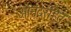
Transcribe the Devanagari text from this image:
आनंदरहित